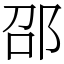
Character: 邵